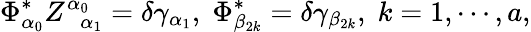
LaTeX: \Phi_{\alpha_{0}}^{*}Z_{\; \; \alpha_{1}}^{\alpha_{0}}=\delta\gamma_{\alpha_{1}},\; \Phi_{\beta_{2k}}^{*}=\delta\gamma_{\beta_{2k}},\; k=1,\cdots,a,